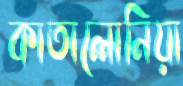
কাতালোনিয়া